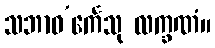
သဘာဝ’င်္ကေသု လက္ခဏံ။